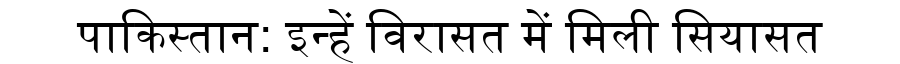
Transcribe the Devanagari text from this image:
पाकिस्तान: इन्हें विरासत में मिली सियासत